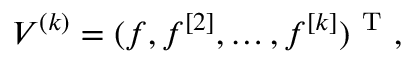
V ^ { ( k ) } = ( f , f ^ { [ 2 ] } , \dots , f ^ { [ k ] } ) ^ { \mathrm { ~ T ~ } } ,